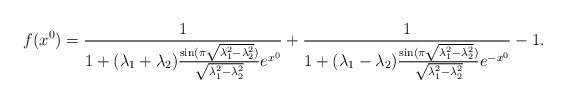
\begin{align*}f(x^0)=\frac{1}{1+ (\lambda_1+\lambda_2) \frac{\sin (\pi \sqrt{\lambda_1^2-\lambda_2^2})}{\sqrt{\lambda_1^2-\lambda_2^2} } e^{x^0}} +\frac{1}{1+ (\lambda_1-\lambda_2) \frac{\sin (\pi \sqrt{\lambda_1^2-\lambda_2^2})}{\sqrt{\lambda_1^2-\lambda_2^2} } e^{-x^0}} -1.\end{align*}